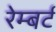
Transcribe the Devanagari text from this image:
रेम्बर्ट